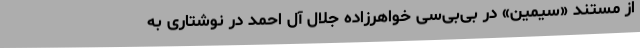
از مستند «سیمین» در بی‌بی‌سی خواهرزاده جلال آل احمد در نوشتاری به